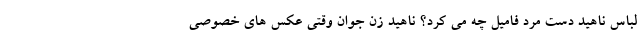
لباس ناهید دست مرد فامیل چه می کرد؟ ناهید زن جوان وقتی عکس های خصوصی